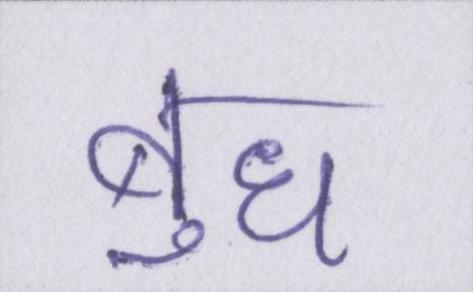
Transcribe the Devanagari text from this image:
बुध